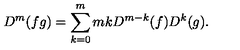
D ^ { m } ( f g ) = \sum _ { k = 0 } ^ { m } { \binom { m } { k } } D ^ { m - k } ( f ) D ^ { k } ( g ) .